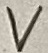
Text: V